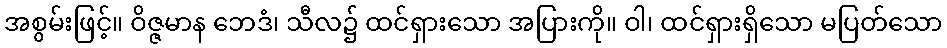
အစွမ်းဖြင့်။ ဝိဇ္ဇမာန ဘေဒံ၊ သီလ၌ ထင်ရှားသော အပြားကို။ ဝါ၊ ထင်ရှားရှိသော မပြတ်သော